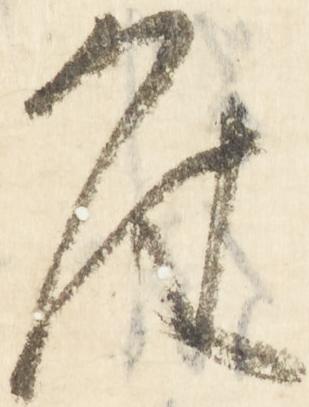
座